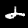
Digit: 2